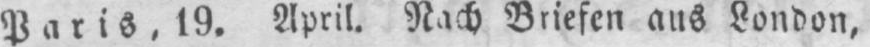
Paris, 19. April. Nach Briefen aus London,